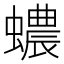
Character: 𧓅